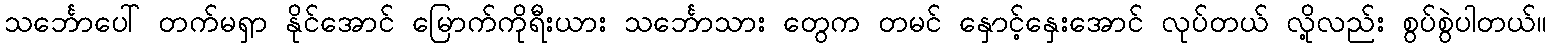
သင်္ဘောပေါ် တက်မရှာ နိုင်အောင် မြောက်ကိုရီးယား သင်္ဘောသား တွေက တမင် နှောင့်နှေးအောင် လုပ်တယ် လို့လည်း စွပ်စွဲပါတယ်။